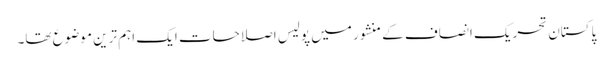
پاکستان تحریک انصاف کے منشور میں پولیس اصلاحات ایک اہم ترین موضوع تھا۔